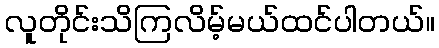
လူတိုင်းသိကြလိမ့်မယ်ထင်ပါတယ်။